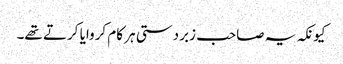
کیونکہ یہ صاحب زبردستی ہر کام کروایا کرتے تھے۔